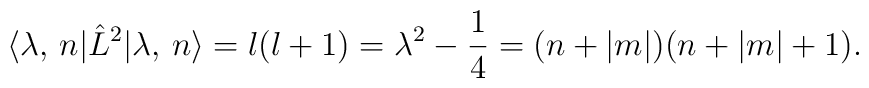
\langle \lambda,\, n | \hat{L}^2 | \lambda,\, n \rangle =    l(l+1) =     \lambda^2 - \frac 14 = (n + |m|)(n + |m| + 1).